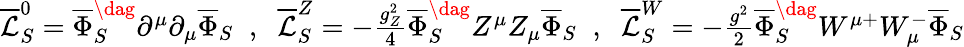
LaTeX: \begin{array}{r}{\overline{{\mathcal{L}}}_{S}^{0}=\overline{{\Phi}}_{S}^{\dag}\partial^{\mu}\partial_{\mu}\overline{{\Phi}}_{S}\; \; ,\; \; \overline{{\mathcal{L}}}_{S}^{Z}=-\frac{g_{Z}^{2}}{4}\overline{{\Phi}}_{S}^{\dag}Z^{\mu}Z_{\mu}\overline{{\Phi}}_{S}\; \; ,\; \; \overline{{\mathcal{L}}}_{S}^{W}=-\frac{g^{2}}{2}\overline{{\Phi}}_{S}^{\dag}W^{\mu+}W_{\mu}^{-}\overline{{\Phi}}_{S}}\end{array}